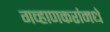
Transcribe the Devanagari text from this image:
गव्हाणकरांमधे